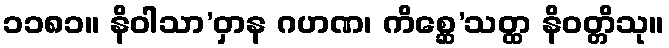
၁၁၈၁။ နိဝါသာ’ဝှာန ဂဟဏ၊ ကိစ္ဆေ’သတ္ထ နိဝတ္တိသု။